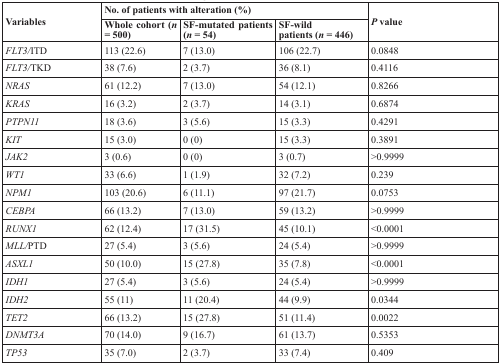
| <ROWSPAN=2> Variables | <COLSPAN=3> No. of patients with alteration (%) | <ROWSPAN=2> P value |
 | Whole cohort (n = 500) | SF-mutated patients (n = 54) | SF-wildpatients (n = 446) |
 | --- | --- | --- | --- | --- |
 | FLT3/ITD | 113 (22.6) | 7 (13.0) | 106 (22.7) | 0.0848 |
 | FLT3/TKD | 38 (7.6) | 2 (3.7) | 36 (8.1) | 0.4116 |
 | NRAS | 61 (12.2) | 7 (13.0) | 54 (12.1) | 0.8266 |
 | KRAS | 16 (3.2) | 2 (3.7) | 14 (3.1) | 0.6874 |
 | PTPN11 | 18 (3.6) | 3 (5.6) | 15 (3.3) | 0.4291 |
 | KIT | 15 (3.0) | 0 (0) | 15 (3.3) | 0.3891 |
 | JAK2 | 3 (0.6) | 0 (0) | 3 (0.7) | >0.9999 |
 | WT1 | 33 (6.6) | 1 (1.9) | 32 (7.2) | 0.239 |
 | NPM1 | 103 (20.6) | 6 (11.1) | 97 (21.7) | 0.0753 |
 | CEBPA | 66 (13.2) | 7 (13.0) | 59 (13.2) | >0.9999 |
 | RUNX1 | 62 (12.4) | 17 (31.5) | 45 (10.1) | <0.0001 |
 | MLL/PTD | 27 (5.4) | 3 (5.6) | 24 (5.4) | >0.9999 |
 | ASXL1 | 50 (10.0) | 15 (27.8) | 35 (7.8) | <0.0001 |
 | IDH1 | 27 (5.4) | 3 (5.6) | 24 (5.4) | >0.9999 |
 | IDH2 | 55 (11) | 11 (20.4) | 44 (9.9) | 0.0344 |
 | TET2 | 66 (13.2) | 15 (27.8) | 51 (11.4) | 0.0022 |
 | DNMT3A | 70 (14.0) | 9 (16.7) | 61 (13.7) | 0.5353 |
 | TP53 | 35 (7.0) | 2 (3.7) | 33 (7.4) | 0.409 |